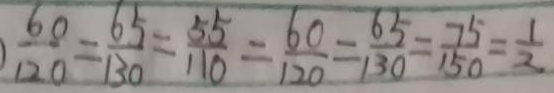
\frac { 6 0 } { 1 2 0 } = \frac { 6 5 } { 1 3 0 } = \frac { 5 5 } { 1 1 0 } = \frac { 6 0 } { 1 2 0 } = \frac { 6 5 } { 1 3 0 } = \frac { 7 5 } { 1 5 0 } = \frac { 1 } { 2 }